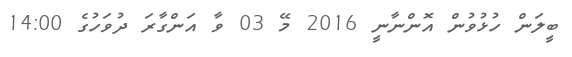
ބީލަން ހުޅުވުން އޮންނާނީ 2016 މޭ 03 ވާ އަންގާރަ ދުވަހުގެ 14:00